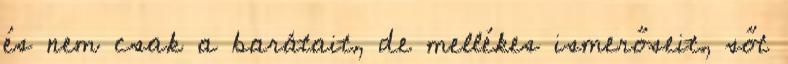
és nem csak a barátait, de mellékes ismerőseit, sőt